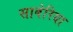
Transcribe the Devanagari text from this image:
साबेरिया